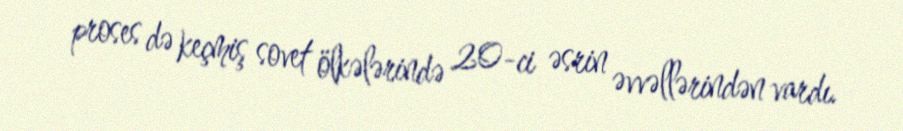
proses də keçmiş sovet ölkələrində 20-ci əsrin əvvəllərindən vardı.